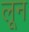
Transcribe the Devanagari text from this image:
लून